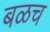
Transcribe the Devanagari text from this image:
बळच